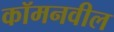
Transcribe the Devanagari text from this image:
कॉमनवील